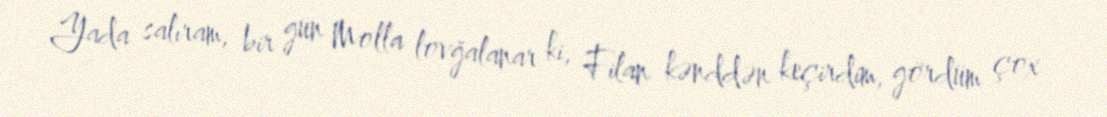
Yada salıram, bir gün Molla lovğalanar ki, Filan kənddən keçirdim, gördüm çox